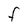
Character: F